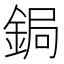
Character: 鋦